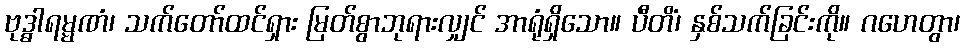
ဗုဒ္ဓါရမ္မဏံ၊ သက်တော်ထင်ရှား မြတ်စွာဘုရားလျှင် အာရုံရှိသော။ ပီတိံ၊ နှစ်သက်ခြင်းကို။ ဂဟေတွာ၊